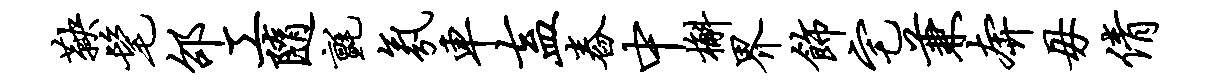
鞅髦邵工随毡氛车盍舂中槲界饰宅兼奔毋倩